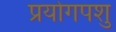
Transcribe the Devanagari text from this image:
प्रयोगपशु